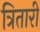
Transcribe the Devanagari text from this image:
त्रितारी